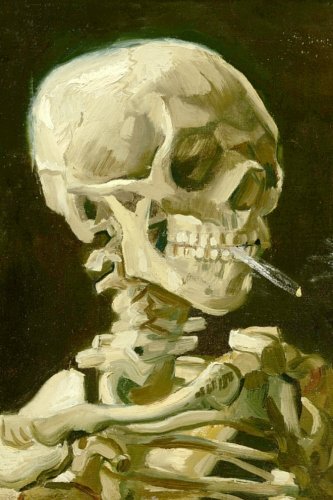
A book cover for Vincent Van Gogh Skeleton Journal: 160 Page Lined Journal/Notebook; Mahtava Journals; Literature & Fiction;